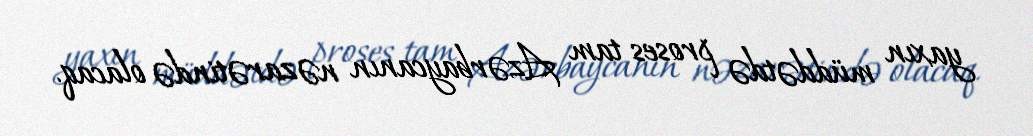
yaxın müddətdə proses tam Azərbaycanın nəzarətində olacaq.